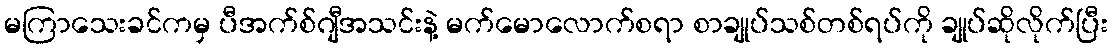
မကြာသေးခင်ကမှ ပီအက်စ်ဂျီအသင်းနဲ့ မက်မောလောက်စရာ စာချုပ်သစ်တစ်ရပ်ကို ချုပ်ဆိုလိုက်ပြီး